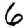
Digit: 6